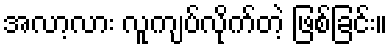
အလာ့လား လူကျပ်လိုက်တဲ့ ဖြစ်ခြင်း။